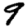
Digit: 9